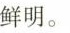
鲜明。